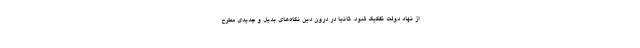
از نهاد دولت تفکیک شود. ثانیاً در درون دین نگاه‌های بدیل و جدیدی مطرح